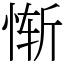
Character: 惭